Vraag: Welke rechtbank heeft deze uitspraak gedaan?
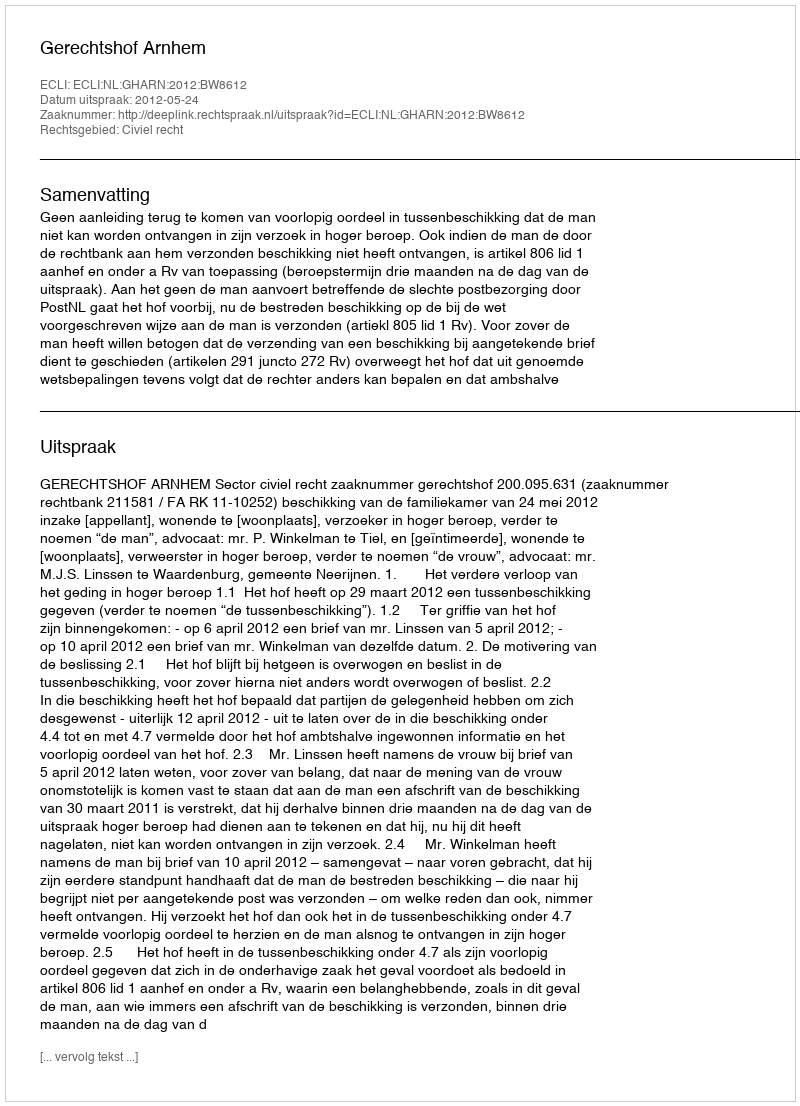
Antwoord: Gerechtshof Arnhem